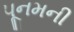
પૂનમની